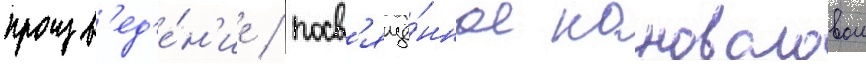
произв'ед'е́н'ие / посв'ящё́нное коноваловои